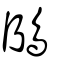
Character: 鴭